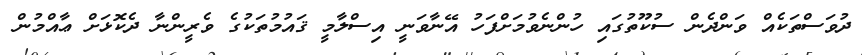
ދުވަސްތަކެއް ވަންދެން ސުކޫތުގައި ހުންނެވުމަށްފަހު އޭނާވަނީ އިސްލާމީ ޤައުމުތަކުގެ ވެރީންނާ ދެކޮޅަށް ޢާއްމުން